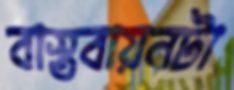
বাস্তবায়নটা